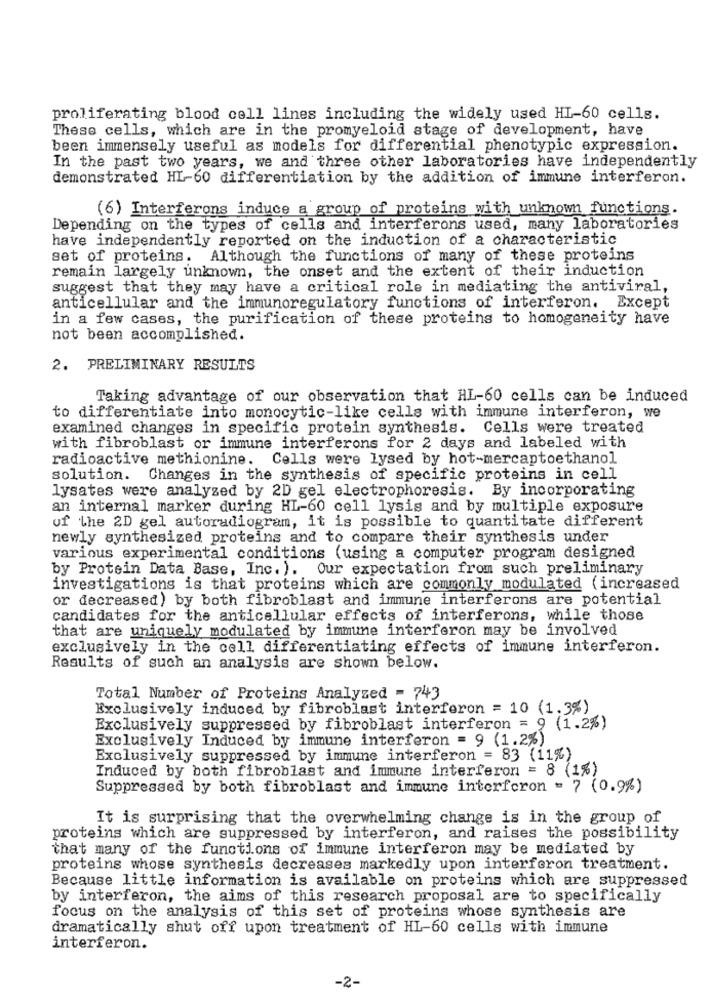
proliferating blood cell lines including the widely used HI-60 cells.
These cells, which are in the promyeloid stage of development, have
been immensely useful as models for differential phenotypic expression.
In the past two years, we and three other laboratories have independently
demonstrated HI-60 differentiation by the addition of immune interferon.
(6) Interferons induce a group of proteins with unknown functions.
Depending on the types of cells and interferons used, many laboratories
have independently reported on the induction of a characteristic
set of proteins.
Although the functions of many of these proteins
remain largely unknown, the onset and the extent of their induction
suggest that they may have a critical role in mediating the antiviral,
anticellular and the inmunoregulatory functions of interferon. Except
in a few cases, the purification of these proteins to homogeneity have
not been accomplished.
2. PRELIMINARY RESULTS
Taking advantage of our observation that HL-60 cells can be induced
to differentiate into monocytic-like cells with immune interferon, we
examined changes in specific protein synthesis. Cells were treated
with fibroblast or immune interferons for 2 days and labeled with
radioactive methionine. Cells were lysed by hot-mercaptoethanol
solution. Changes in the synthesis of specific proteins in cell
lysates were analyzed by 2D gel electrophoresis. By incorporating
an internal marker during HL-60 cell lysis and by multiple exposure
of the 2D gel autoradiogram, it is possible to quantitate different
newly synthesized proteins and to compare their synthesis under
various experimental conditions (using a computer program designed
by Protein Data Base, Inc. ). Our expectation from such preliminary
investigations is that proteins which are commonly modulated (increased
or decreased) by both fibroblast and immune interferons are potential
candidates for the anticellular effects of interferons, while those
that are uniquely modulated by immune interferon may be involved
exclusively in the cell differentiating effects of immune interferon.
Results of such an analysis are shown below.
Total Number of Proteins Analyzed = 743
Exclusively induced by fibroblast interferon = 10 (1.3%)
Exclusively suppressed by fibroblast interferon = 9 (1.2%)
Exclusively Induced by immune interferon = 9 (1.2%)
Exclusively suppressed by immune interferon = 83 (11%)
Induced by both fibroblast and immune interferon = 8 (1%)
Suppressed by both fibroblast and immune interferon = 7 (0.9%)
It is surprising that the overwhelming change is in the group of
proteins which are suppressed by interferon, and raises the possibility
that many of the functions of immune interferon may be mediated by
proteins whose synthesis decreases markedly upon interferon treatment.
Because little information is available on proteins which are suppressed
by interferon, the aims of this research proposal are to specifically
focus on the analysis of this set of proteins whose synthesis are
dramatically shut off upon treatment of HL-60 cells with immune
interferon.
-2-